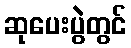
ဆုပေးပွဲတွင်